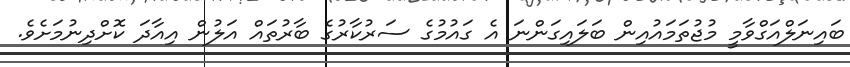
ބައިނަލްްއަގްވާމީ މުޖުތަމައުއިން ބަލައިގަންނަ އެ ގައުމުގެ ސަރުކާރުގެ ބާރުތައް އަލުން އިއާދަ ކޮށްދިނުމަަށެވެ.